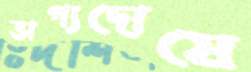
ভাগ্যদোষে